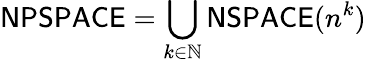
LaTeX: {\mathsf{NPSPACE}}=\bigcup_{k\in\mathbb{N}}{\mathsf{NSPACE}}(n^{k})